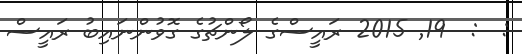
:  :  19